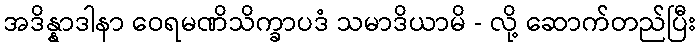
အဒိန္နာဒါနာ ဝေရမဏိသိက္ခာပဒံ သမာဒိယာမိ - လို့ ဆောက်တည်ပြီး